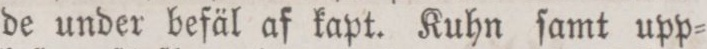
de under befäl af kapt. Kuhn ſamt upp=